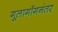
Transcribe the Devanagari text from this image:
गूलागाँगनंतर